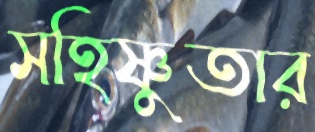
সহিষ্ণুতার